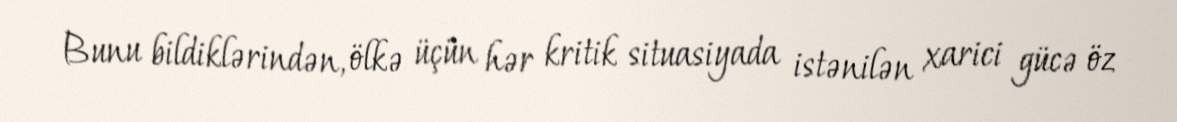
Bunu bildiklərindən, ölkə üçün hər kritik situasiyada istənilən xarici gücə öz